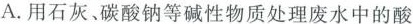
A.用石灰、碳酸钠等碱性物质处理废水中的酸